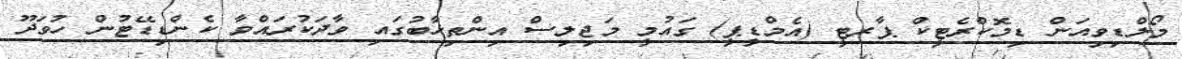
މޯލްޑިވިއަން ޑިމޮކްރެޓީކް ޕާރޓީ (އެމްޑީޕީ) ގައުމީ މަޖިލިސް އިންތިޚާބުގައި ވާދަކުރައްވާ ކެންޑިޑޭޓުން ހުވަދޫ